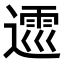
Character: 𨖝